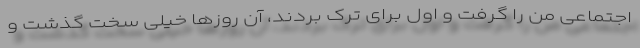
اجتماعی من را گرفت و اول برای ترک بردند، آن روزها خیلی سخت گذشت و